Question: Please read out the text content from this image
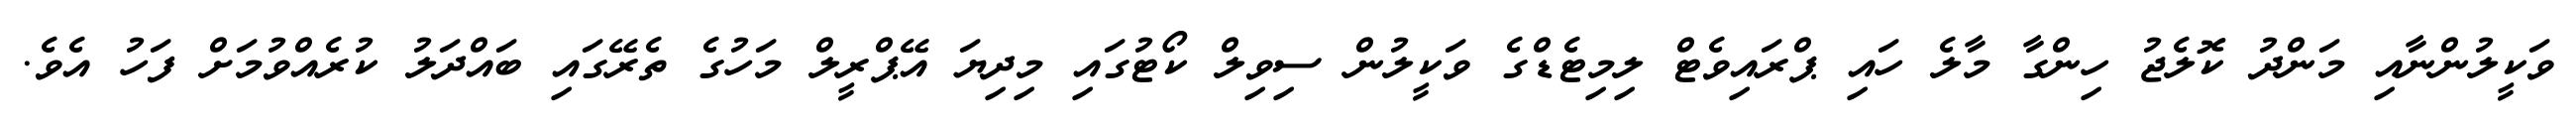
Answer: ވަކީލުންނާއި މަންދު ކޮލެޖު ހިންގާ މާލެ ހައި ޕްރައިވެޓް ލިމިޓެޑްގެ ވަކީލުން ސިވިލް ކޯޓުގައި މިދިޔަ އޭޕްރީލް މަހުގެ ތެރޭގައި ބައްދަލު ކުރެއްވުމަށް ފަހު އެވެ.